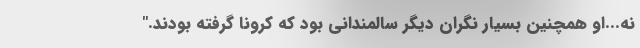
نه...او همچنین بسیار نگران دیگر سالمندانی بود که کرونا گرفته بودند."